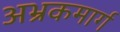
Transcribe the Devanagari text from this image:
अभ्रकमार्ग